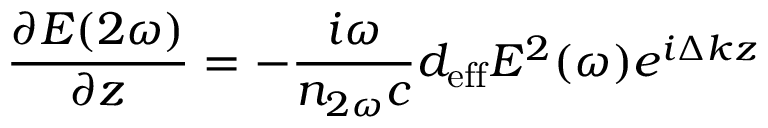
{ \frac { \partial E ( 2 \omega ) } { \partial z } } = - { \frac { i \omega } { n _ { 2 \omega } c } } d _ { \mathrm { e f f } } E ^ { 2 } ( \omega ) e ^ { i \Delta k z }